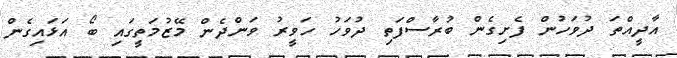
އާދީއްތަ ދުވަހުން ފެށިގެން ބުރާސްފަތި ދުވަހު ހަވީރު ވަންދެން މޭޒުމަތީގައި ބޯ އަޅައިގެން